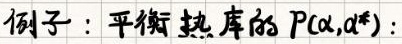
例子：平衡热库的 \( P(\alpha,\alpha^*) \)：